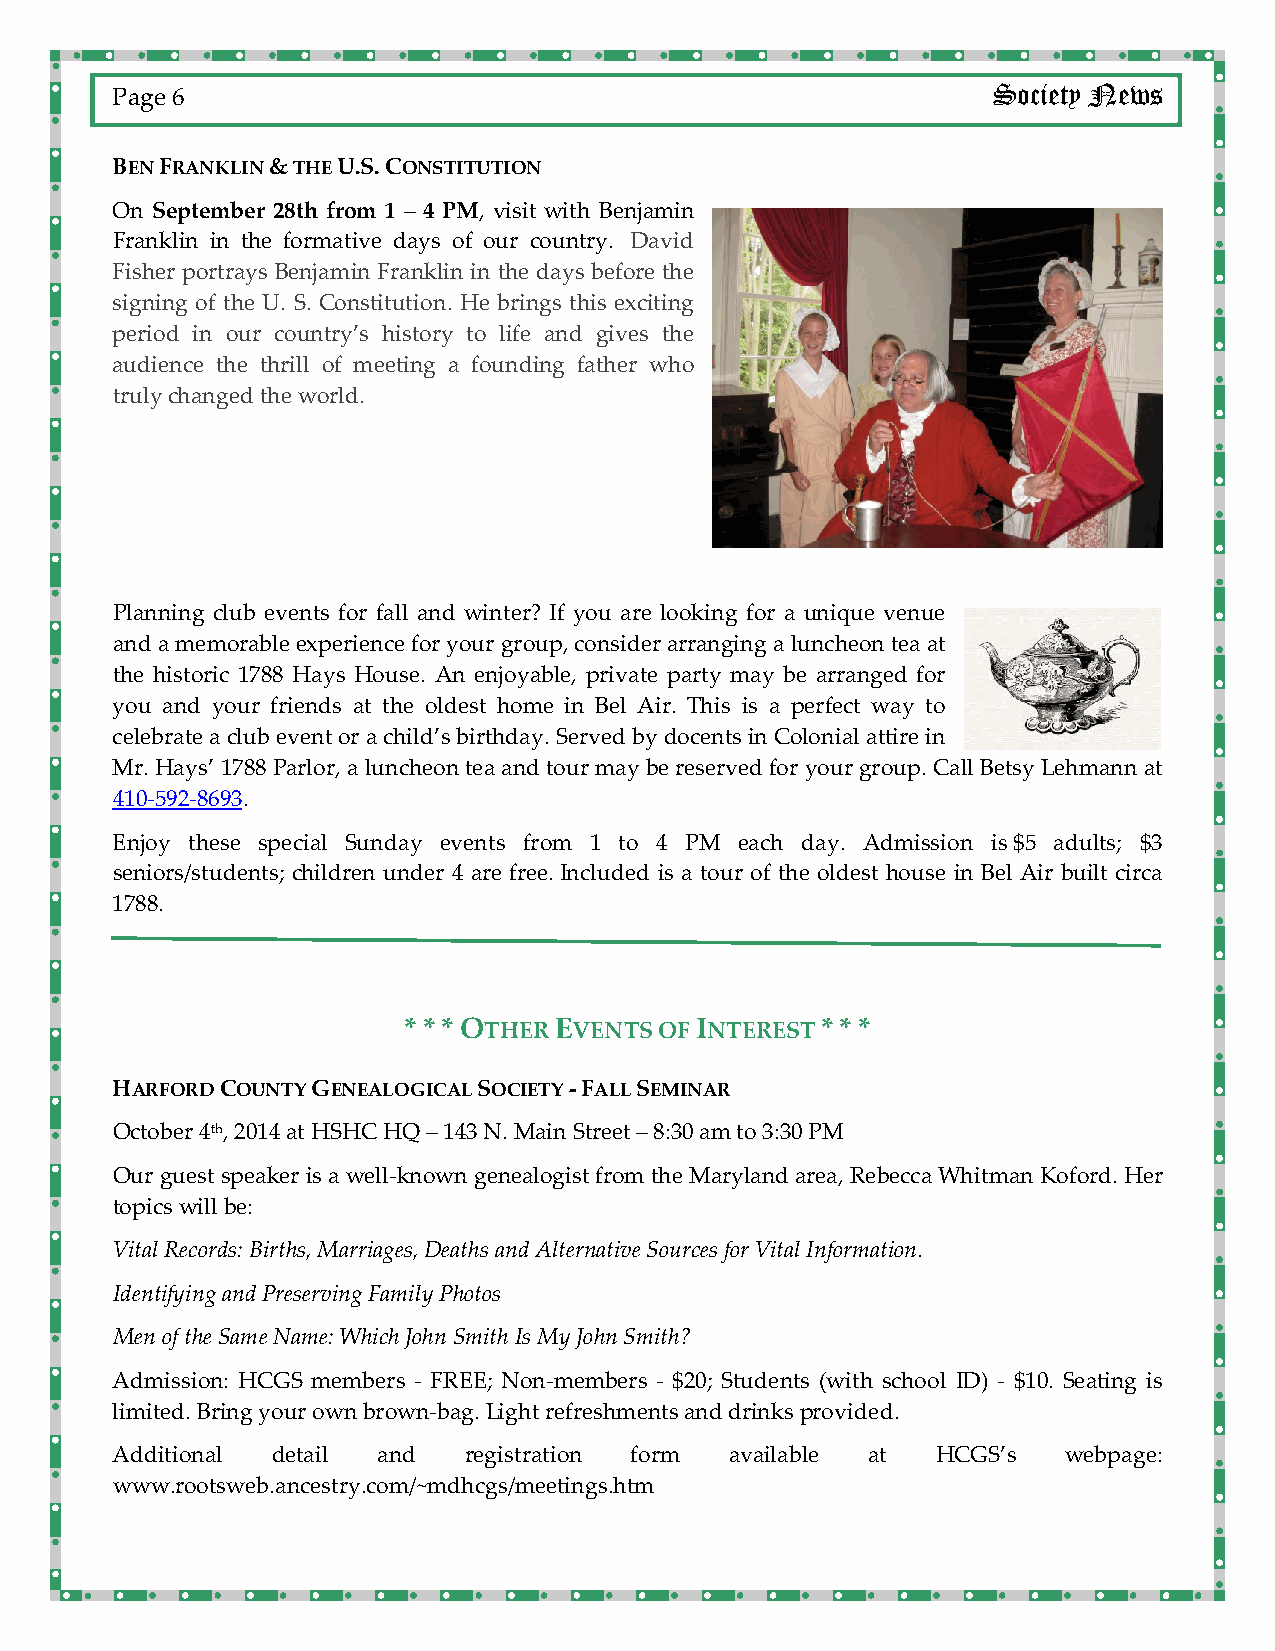
Society News
 Page 6
 BEN FRANKLIN & THE U.S. CONSTITUTION
 On September 28th from 1 – 4 PM, visit with Benjamin
 Franklin in the formative days of our country. David
 Fisher portrays Benjamin Franklin in the days before the
 signing of the U. S. Constitution. He brings this exciting
 period in our country’s history to life and gives the
 audience the thrill of meeting a founding father who
 truly changed the world.
 Planning club events for fall and winter? If you are looking for a unique venue
 and a memorable experience for your group, consider arranging a luncheon tea at
 the historic 1788 Hays House. An enjoyable, private party may be arranged for
 you and your friends at the oldest home in Bel Air. This is a perfect way to
 celebrate a club event or a child’s birthday. Served by docents in Colonial attire in
 Mr. Hays’ 1788 Parlor, a luncheon tea and tour may be reserved for your group. Call Betsy Lehmann at
 410‐592‐8693.
 Enjoy these special Sunday events from 1 to 4 PM each day. Admission is $5 adults; $3
 seniors/students; children under 4 are free. Included is a tour of the oldest house in Bel Air built circa
 1788.
 * * * OTHER EVENTS OF INTEREST * * *
 HARFORD COUNTY GENEALOGICAL SOCIETY ‐ FALL SEMINAR
 October 4th, 2014 at HSHC HQ – 143 N. Main Street – 8:30 am to 3:30 PM
 Our guest speaker is a well‐known genealogist from the Maryland area, Rebecca Whitman Koford. Her
 topics will be:
 Vital Records: Births, Marriages, Deaths and Alternative Sources for Vital Information.
 Identifying and Preserving Family Photos
 Men of the Same Name: Which John Smith Is My John Smith?
 Admission: HCGS members ‐ FREE; Non‐members ‐ $20; Students (with school ID) ‐ $10. Seating is
 limited. Bring your own brown‐bag. Light refreshments and drinks provided.
 Additional detail and   registration form available at HCGS’s   webpage:
 www.rootsweb.ancestry.com/~mdhcgs/meetings.htm